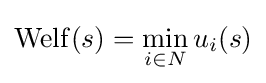
\operatorname {Welf} (s)=\min _{i\in N}u_{i}(s)